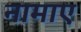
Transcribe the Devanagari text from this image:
नामाए